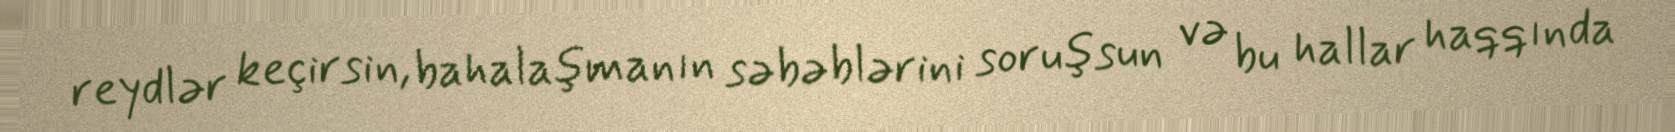
reydlər keçirsin, bahalaşmanın səbəblərini soruşsun və bu hallar haqqında